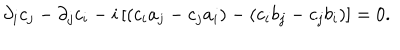
\partial _ { i } c _ { j } - \partial _ { j } c _ { i } - i \left[ ( c _ { i } a _ { j } - c _ { j } a _ { i } ) - ( c _ { i } b _ { j } - c _ { j } b _ { i } ) \right] = 0 .